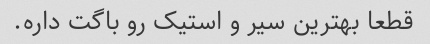
قطعا بهترین سیر و استیک رو باگت داره.